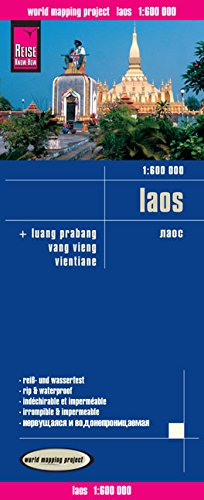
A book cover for Laos = Laos; Reise Know-How Verlag; Travel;